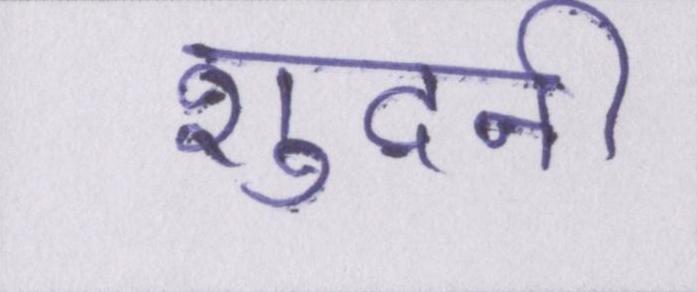
शुदनी